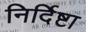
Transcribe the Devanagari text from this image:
निर्दिष्टा